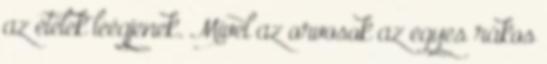
az ételek leégjenek. Mivel az orvosok az egyes rákos